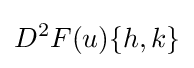
D^{2}F(u)\{h,k\}